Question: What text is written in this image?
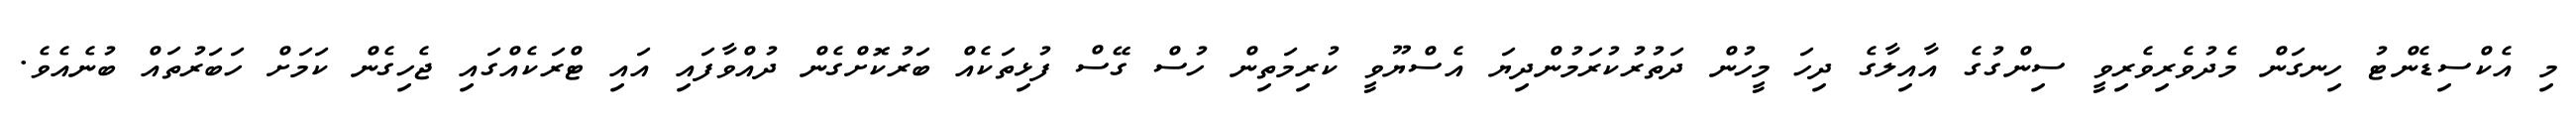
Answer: މި އެކްސިޑެންޓު ހިނގަން މެދުވެރިވެރިވީ ސިންގުގެ އާއިލާގެ ދިހަ މީހުން ދަތުރުކުރަމުންދިޔަ އެސްޔޫވީ ކުރިމަތިން ހުސް ގޭސް ފުޅިތަކެއް ބަރުކޮށްގެން ދުއްވާފައި އައި ޓްރަކެއްގައި ޖެހިގެން ކަމަށް ހަބަރުތައް ބުނެއެވެ.